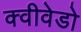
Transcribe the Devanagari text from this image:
क्वीवेडो